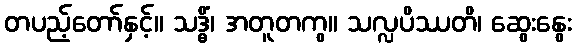
တပည့်တော်နှင့်။ သဒ္ဓိံ၊ အတူတကွ။ သလ္လပိဿတိ၊ ဆွေးနွေး